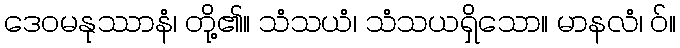
ဒေဝမနုဿာနံ၊ တို့၏။ သံသယံ၊ သံသယရှိသော။ မာနလံ၊ ဝ်။